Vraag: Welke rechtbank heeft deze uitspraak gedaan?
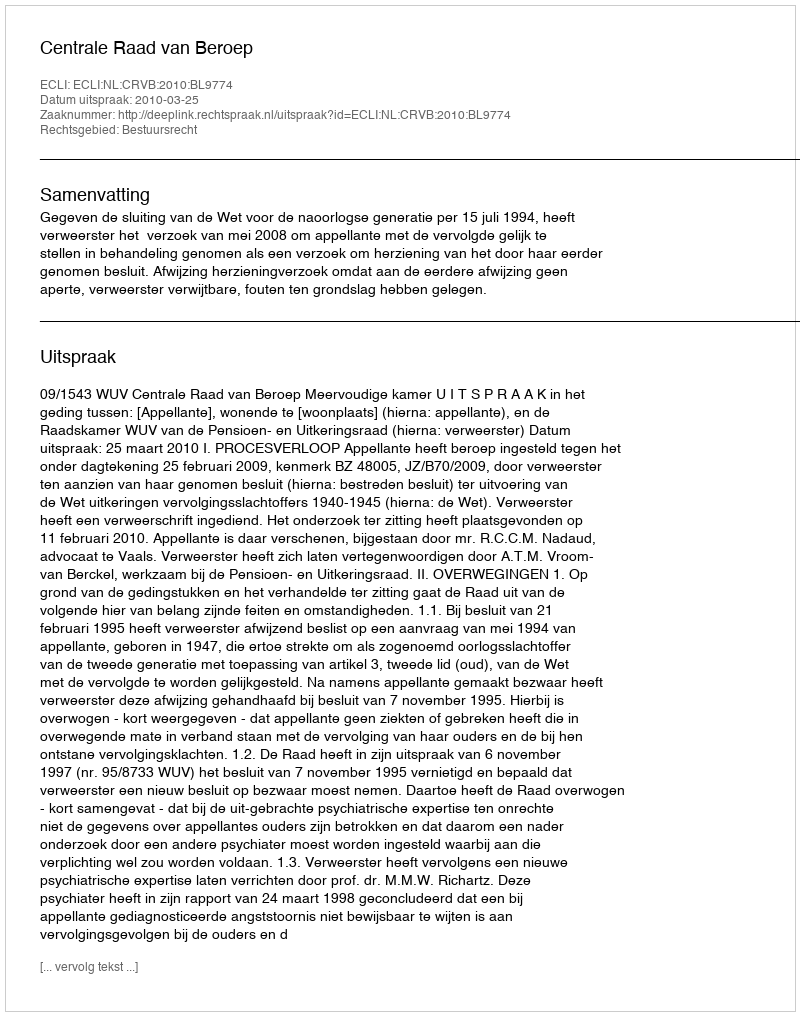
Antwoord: Centrale Raad van Beroep